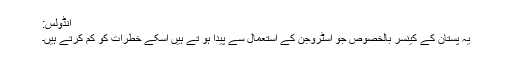
انڈولس:
یہ پستان کے کینسر بالخصوص جو اسٹروجن کے استعمال سے پیدا ہو تے ہیں اسکے خطرات کو کم کرتے ہیں۔